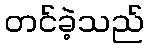
တင်ခဲ့သည်